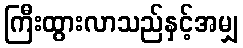
ကြီးထွားလာသည်နှင့်အမျှ